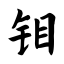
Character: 钼